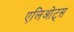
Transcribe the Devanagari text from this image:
एलिओट्स